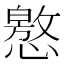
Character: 㦘